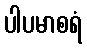
ပါပမာစရံ